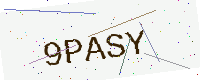
Text: 9PASY